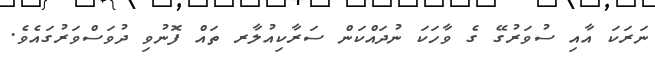
ނަރަކަ އާއި ސުވަރުގޭ ގެ ވާހަކަ ނުދައްކަން ސަރާކިއުލާރ ތައް ފޮނުވި ދުވަސްވަރުގައެވެ.